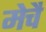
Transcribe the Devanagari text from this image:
मेचै